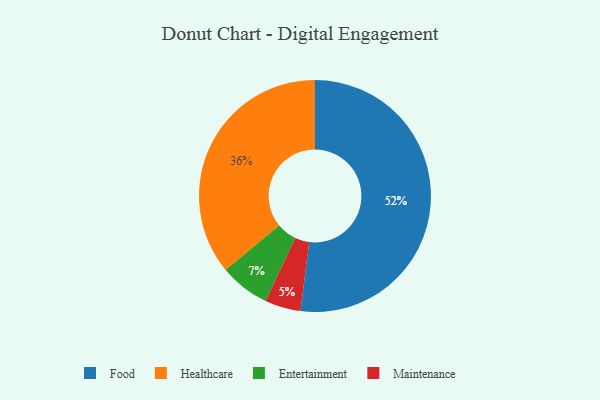
{"axis": {"x": "Category", "y": "Percentage"}, "legend": ["Entertainment", "Food", "Healthcare", "Maintenance"], "data": [{"x": "Maintenance", "y": 5, "type": "Maintenance"}, {"x": "Entertainment", "y": 7, "type": "Entertainment"}, {"x": "Healthcare", "y": 36, "type": "Healthcare"}, {"x": "Food", "y": 52, "type": "Food"}]}